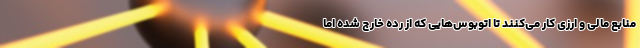
منابع مالی و ارزی کار می‌کنند تا اتوبوس‌هایی که از رده خارج شده اما